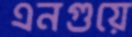
এনগুয়ে